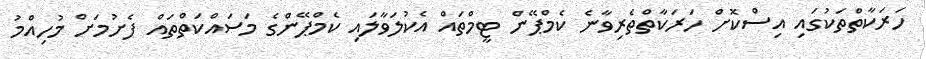
ހަރަކާތްތަކުގައި އިސްކޮށް ހަރަކާތްތެރިވާނެ ކެމްޕޭން ޓީމްތައް އެކުލަވާލައި ކެމްޕޭންގެ މަސައްކަތްތައް ފެށުމަށް މުހިއްމު